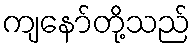
ကျနော်တို့သည်